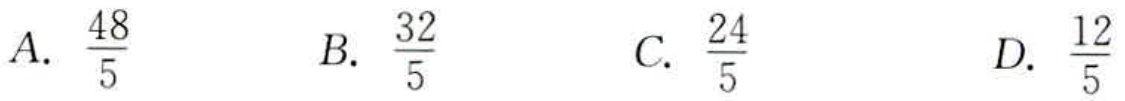
A. \(\frac{48}{5}\)  B. \(\frac{32}{5}\)  C. \(\frac{24}{5}\)  D. \(\frac{12}{5}\)